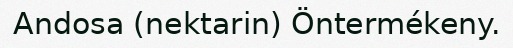
Andosa (nektarin) Öntermékeny.